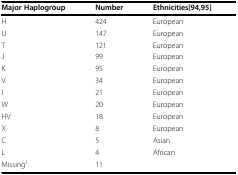
<table><thead><tr><td><b>Major Haplogroup</b></td><td><b>Number</b></td><td><b>Ethnicities[94,95]</b></td></tr></thead><tbody><tr><td>H</td><td>424</td><td>European</td></tr><tr><td>U</td><td>147</td><td>European</td></tr><tr><td>T</td><td>121</td><td>European</td></tr><tr><td>J</td><td>99</td><td>European</td></tr><tr><td>K</td><td>95</td><td>European</td></tr><tr><td>V</td><td>34</td><td>European</td></tr><tr><td>I</td><td>21</td><td>European</td></tr><tr><td>W</td><td>20</td><td>European</td></tr><tr><td>HV</td><td>18</td><td>European</td></tr><tr><td>X</td><td>8</td><td>European</td></tr><tr><td>C</td><td>5</td><td>Asian</td></tr><tr><td>L</td><td>4</td><td>African</td></tr><tr><td>Missing<sup>1</sup></td><td>11</td><td></td></tr></tbody></table>